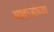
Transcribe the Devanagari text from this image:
आवाजांच्या